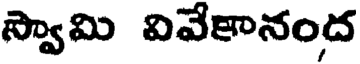
స్వామి వివేకానంద